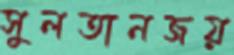
সুলতানজয়